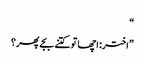
“
”اختر: اچھا تو کتنے بجے پھر؟